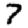
Digit: 7